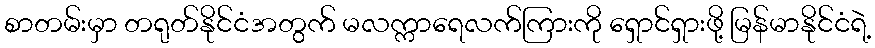
စာတမ်းမှာ တရုတ်နိုင်ငံအတွက် မလက္ကာရေလက်ကြားကို ရှောင်ရှားဖို့ မြန်မာနိုင်ငံရဲ့